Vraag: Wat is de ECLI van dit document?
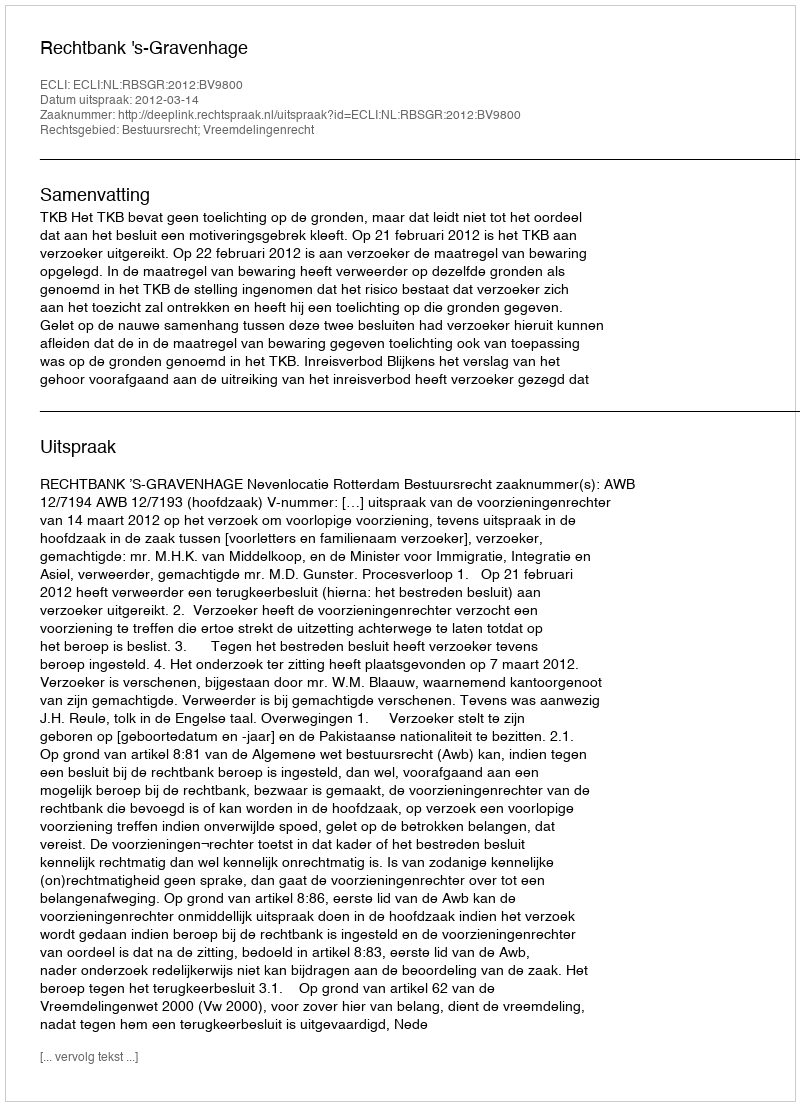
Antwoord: ECLI:NL:RBSGR:2012:BV9800